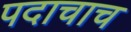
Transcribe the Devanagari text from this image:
पदाचाच